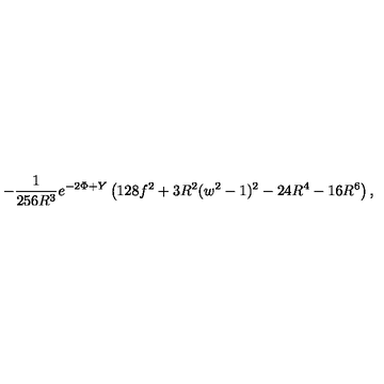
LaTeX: - \frac { 1 } { 2 5 6 R ^ { 3 } } e ^ { - 2 \Phi + Y } \left( 1 2 8 f ^ { 2 } + 3 R ^ { 2 } ( w ^ { 2 } - 1 ) ^ { 2 } - 2 4 R ^ { 4 } - 1 6 R ^ { 6 } \right) ,